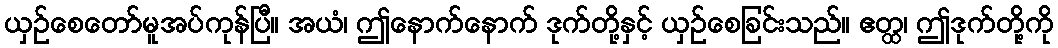
ယှဉ်စေတော်မူအပ်ကုန်ပြီ။ အယံ၊ ဤနောက်နောက် ဒုက်တို့နှင့် ယှဉ်စေခြင်းသည်။ ဧတ္ထ၊ ဤဒုက်တို့ကို